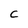
Character: c